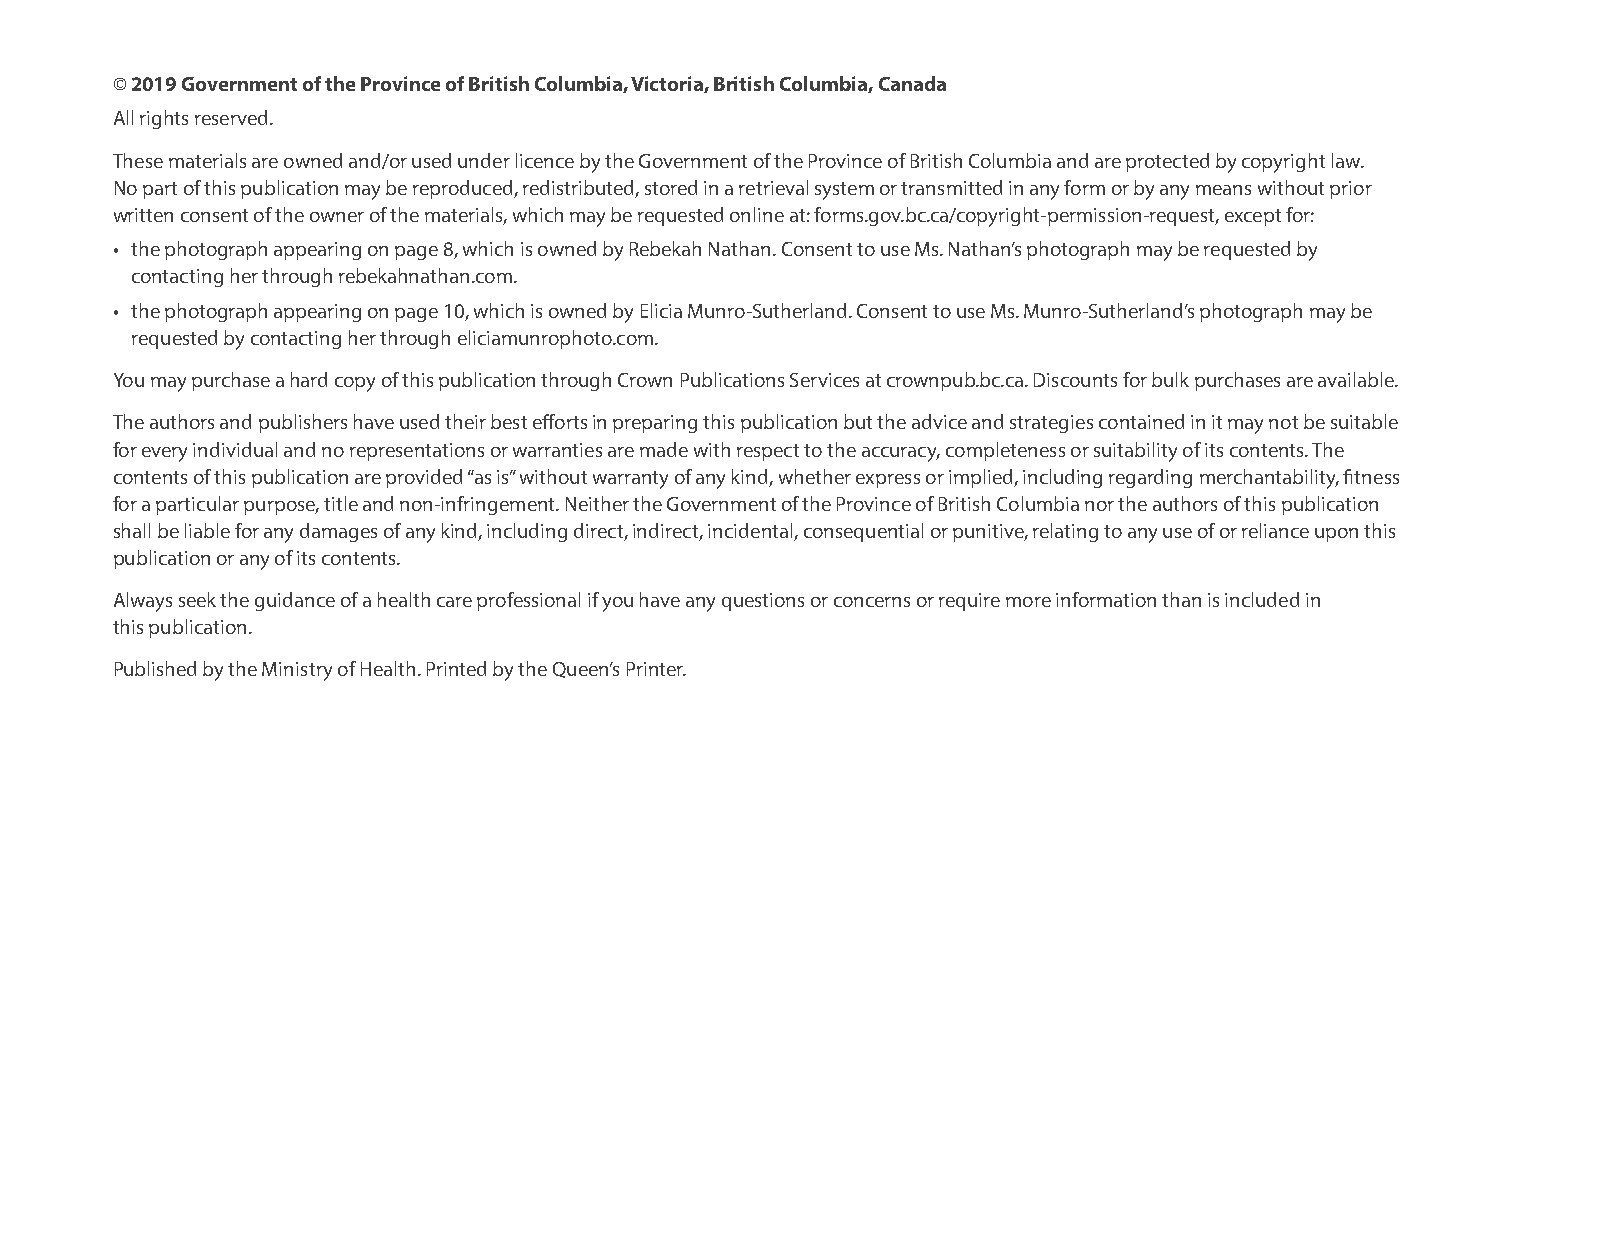
© 2019 Government of the Province of British Columbia, Victoria, British Columbia, Canada
 All rights reserved.
 These materials are owned and/or used under licence by the Government of the Province of British Columbia and are protected by copyright law.
 No part of this publication may be reproduced, redistributed, stored in a retrieval system or transmitted in any form or by any means without prior
 written consent of the owner of the materials, which may be requested online at: forms.gov.bc.ca/copyright-permission-request, except for:
 • the photograph appearing on page 8, which is owned by Rebekah Nathan. Consent to use Ms. Nathan’s photograph may be requested by
 contacting her through rebekahnathan.com.
 • the photograph appearing on page 10, which is owned by Elicia Munro-Sutherland. Consent to use Ms. Munro-Sutherland’s photograph may be
 requested by contacting her through eliciamunrophoto.com.
 You may purchase a hard copy of this publication through Crown Publications Services at crownpub.bc.ca. Discounts for bulk purchases are available.
 The authors and publishers have used their best efforts in preparing this publication but the advice and strategies contained in it may not be suitable
 for every individual and no representations or warranties are made with respect to the accuracy, completeness or suitability of its contents. The
 contents of this publication are provided “as is” without warranty of any kind, whether express or implied, including regarding merchantability, fitness
 for a particular purpose, title and non-infringement. Neither the Government of the Province of British Columbia nor the authors of this publication
 shall be liable for any damages of any kind, including direct, indirect, incidental, consequential or punitive, relating to any use of or reliance upon this
 publication or any of its contents.
 Always seek the guidance of a health care professional if you have any questions or concerns or require more information than is included in
 this publication.
 Published by the Ministry of Health. Printed by the Queen’s Printer.